Annual report on the lock hospitals of the Madras Presidency
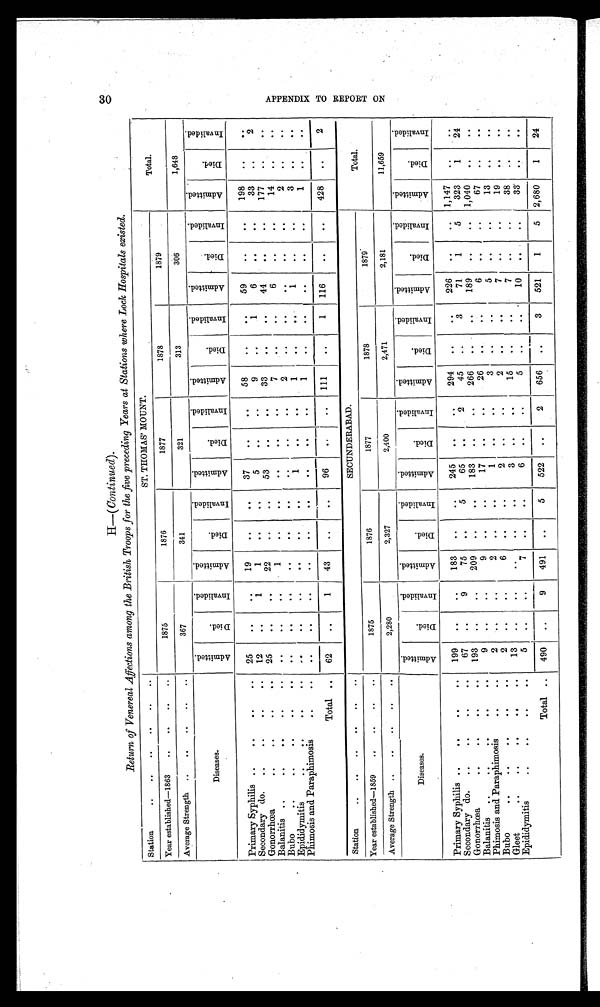
H—( Continued ).
Return of Venereal Affections among the British Troops for the five preceding Years at Stations where Lock Hospitals existed.
Station
..
..
..
..
..
. .
ST. THOMAS' MOUNT.
Total.
Year established—1863
..
..
..
. .
1875
1876
1877
1878
1879
Average Strength
..
..
..
..
. .
367
341
321
313
306
1,648
Diseases.
A d m i t t e d .
D i e d .
I n v a l i d e d .
A d m i t t e d .
D i e d .
I n v a l i d e d .
A d m i t t e d .
D i e d .
I n v a l i d e d .
A d m i t t e d .
D i e d .
I n v a l i d e d .
A d m i t t e d .
D i e d .
I n v a l i d e d .
A d m i t t e d .
D i e d .
I n v a l i d e d .
Primary Syphilis ..
. .
. .
. .
25
. .
. .
19
. .
. . 37
. .
. .
58
. .
. .
59
. .
. .
198
. .
. .
Secondary do.
..
. .
. .
. .
12
. .
1
1
. .
. .
5
. .
. .
9
. .
1
6
. .
. .
33
. .
2
Gonorrhœa
..
. .
. .
. .
25
. .
. .
22
. .
. . 53
. .
. .
33
. .
. .
44
. .
. .
177
. .
. .
Balanitis ..
..
. .
. .
. .
. .
. .
. .
1
. .
. . ..
. .
. .
7
. .
. .
6
. .
. .
14
. .
. .
Bubo
..
..
. .
. .
. .
. .
. .
. .
. .
. .
. . ..
. .
. .
2
. .
. .
..
. .
. .
2
. .
. .
Epididymitis
..
. .
. .
. .
. .
. .
. .
. .
. .
. .
1
. .
. .
1
. .
. .
1
. .
. .
3
. .
. .
Phimosis and Paraphimosis
..
. .
. .
. .
. .
. .
. .
. .
. .
. .
. .
1
. .
. .
. .
. .
. .
1
. .
. .
Total ..
62
..
1
43
. .
. . 96
. .
. .
111
. .
1
116
. .
. .
428
. .
2
Station
..
..
..
. .
. .
. .
SECUNDERABAD.
Total.
Year established—1859
..
. .
. .
. .
1875
1876
1877
1878
1879
Average Strength ..
..
. .
. .
. .
2,280
2,327
2,400
2,471
2,181
11,659
Diseases.
A d m i t t e d .
D i e d .
I n v a l i d e d .
A d m i t t e d .
D i e d .
I n v a l i d e d .
A d m i t t e d .
D i e d .
I n v a l i d e d .
A d m i t t e d .
D i e d .
I n v a l i d e d .
A d m i t t e d .
D i e d .
I n v a l i d e d .
A d m i t t e d .
D i e d .
I n v a l i d e d .
Primary Syphilis ..
. .
. .
. .
199
. .
. .
183
. .
..
245
. .
. .
294
. .
..
226
..
. .
1,147
. .
. .
Secondary do.
..
. .
. .
. .
67
. .
9
75
. .
5
65
. .
2
45
. .
3
71
1
5
323
1
24
Gonorrhœa
..
. .
. .
. .
193
. .
..
209
. .
. . 183
. .
..
266
. .
..
189
. .
..
1,040
. .
. .
Balanitis
..
. .
. .
. .
9
. .
..
9
. .
..
17
. .
. .
26
. .
. .
6
..
..
67
. .
. .
Phimosis and Paraphimosis
. .
. .
2
. .
. .
2
. .
..
1
. .
..
3
. .
. .
5
..
. .
13
. .
. .
Bubo
..
..
. .
. .
. .
2
. .
..
6
. .
..
2
. .
..
2
. .
. .
7
. .
..
19
. .
. .
Gleet
..
..
. .
..
. .
13
. .
. .
..
. .
. .
3
. .
..
15
. .
..
7
..
. .
38
..
. .
Epididymitis
..
..
..
. .
5
..
..
7
. .
..
6
. .
5
. .
..
10
. .
. .
33
. .
. .
Total ..
490
. .
9
491
..
5
522
. .
2
656
. .
3
521
1
5
2,680
1
24
30
A P P E N D I X T O R E P O R T O N